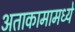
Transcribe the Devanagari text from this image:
अताकामामध्ये